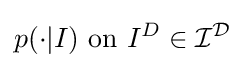
p(\cdot |I)\ {\text{on}}\ I^{D}\in {\mathcal {I}}^{\mathcal {D}}